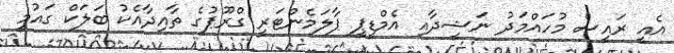
އެއީ ރައީސް މުހައްމަދު ނަޝީދާއި އެމްޑީޕީ ޕާލަމެންޓަރީ ގްރޫޕުގެ ތާއިދާއެކު ބަލަކް ގައުމީ